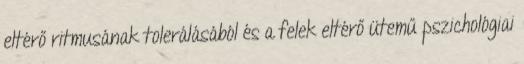
eltérő ritmusának tolerálásából és a felek eltérő ütemű pszichológiai